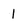
Character: 1